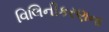
વિલિનીકરણના